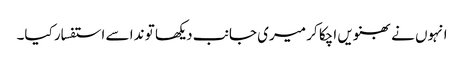
انہوں نے بھنویں اچکا کر میری جانب دیکھا تو ندا سے استفسار کیا۔